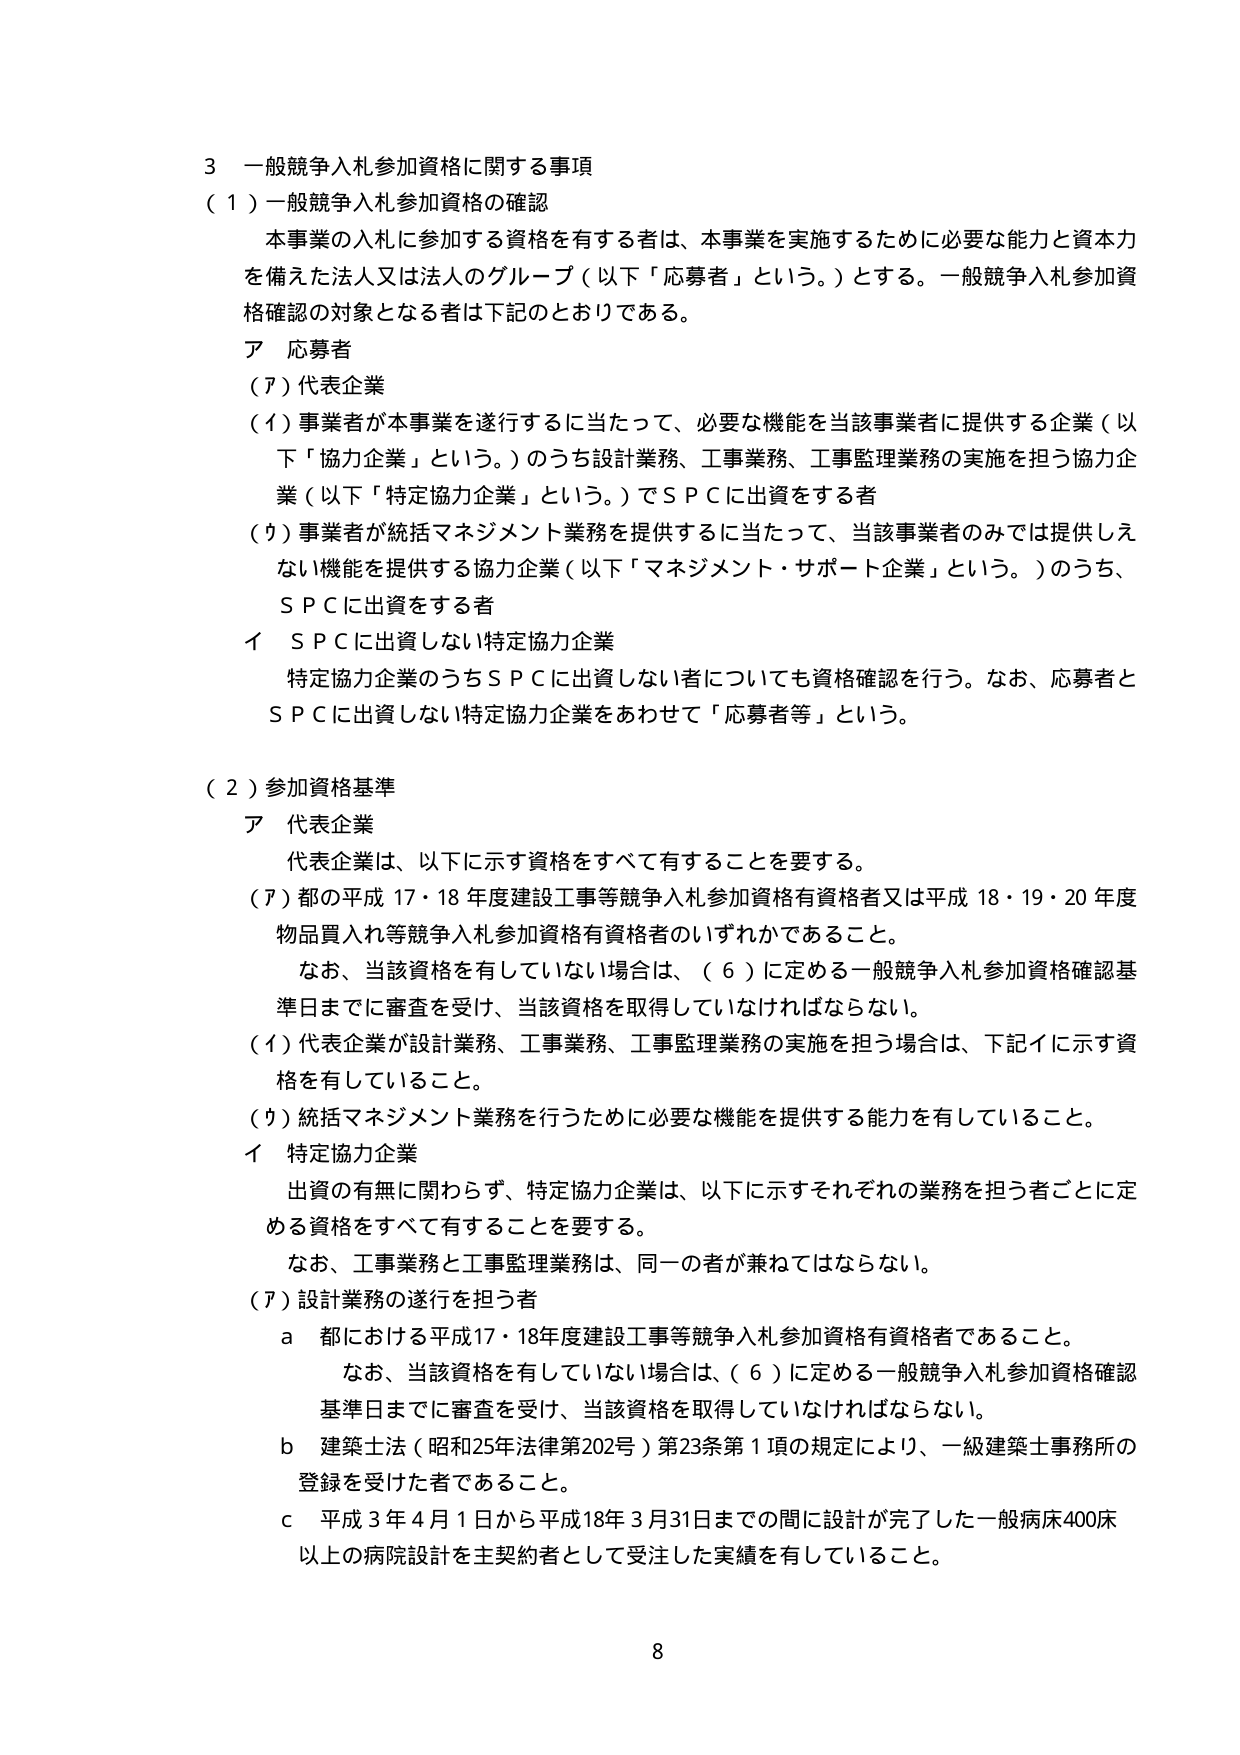
3 一般競争入札参加資格に関する事項
（1）一般競争入札参加資格の確認
　本事業の入札に参加する資格を有する者は、本事業を実施するために必要な能力と資本力を備えた法人又は法人のグループ（以下「応募者」という。）とする。一般競争入札参加資格確認の対象となる者は下記のとおりである。
ア 応募者
（ア）代表企業
（イ）事業者が本事業を遂行するに当たって、必要な機能を当該事業者に提供する企業（以下「協力企業」という。）のうち設計業務、工事業務、工事監理業務の実施を担う協力企業（以下「特定協力企業」という。）でＳＰＣに出資をする者
（ウ）事業者が統括マネジメント業務を提供するに当たって、当該事業者のみでは提供しえない機能を提供する協力企業（以下「マネジメント・サポート企業」という。）のうち、ＳＰＣに出資をする者
イ ＳＰＣに出資しない特定協力企業
　特定協力企業のうちＳＰＣに出資しない者についても資格確認を行う。なお、応募者とＳＰＣに出資しない特定協力企業をあわせて「応募者等」という。

（2）参加資格基準
ア 代表企業
　代表企業は、以下に示す資格をすべて有することを要する。
（ア）都の平成17・18年度建設工事等競争入札参加資格有資格者又は平成18・19・20年度物品買入れ等競争入札参加資格有資格者のいずれかであること。
　　なお、当該資格を有していない場合は、（6）に定める一般競争入札参加資格確認基準日までに審査を受け、当該資格を取得していなければならない。
（イ）代表企業が設計業務、工事業務、工事監理業務の実施を担う場合は、下記イに示す資格を有していること。
（ウ）統括マネジメント業務を行うために必要な機能を提供する能力を有していること。
イ 特定協力企業
　出資の有無に関わらず、特定協力企業は、以下に示すそれぞれの業務を担う者ごとに定める資格をすべて有することを要する。
　　なお、工事業務と工事監理業務は、同一の者が兼ねてはならない。
（ア）設計業務の遂行を担う者
　　a 都における平成17・18年度建設工事等競争入札参加資格有資格者であること。
　　　　なお、当該資格を有していない場合は、（6）に定める一般競争入札参加資格確認基準日までに審査を受け、当該資格を取得していなければならない。
　　b 建築士法（昭和25年法律第202号）第23条第1項の規定により、一級建築士事務所の登録を受けた者であること。
　　c 平成3年4月1日から平成18年3月31日までの間に設計が完了した一般病床400床以上の病院設計を主契約者として受注した実績を有していること。

8